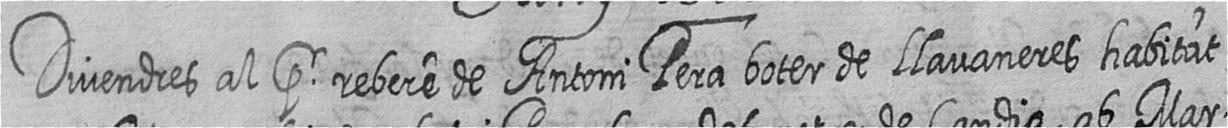
Divendres al pr rebere de Antoni Pera boter de Llavaneres habitat